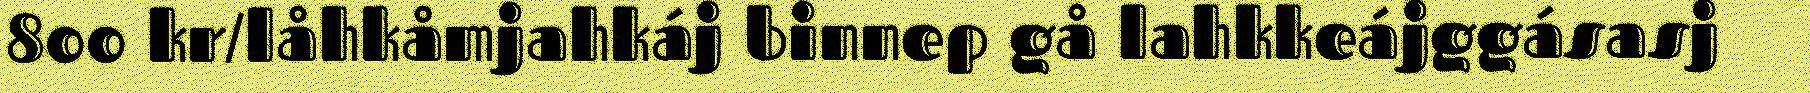
800 kr/låhkåmjahkáj binnep gå lahkkeájggásasj